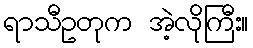
ရာသီဥတုက အဲ့လိုကြီး။